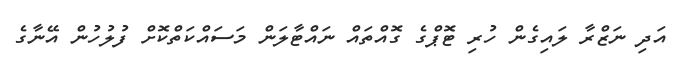
އަދި ނަޒްރާ ލައިގެން ހުރި ޓޮޕްގެ ގޮއްތައް ނައްޓާލަން މަސައްކަތްކޮށް ފުލުހުން އޭނާގެ